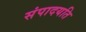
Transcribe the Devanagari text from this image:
संपादयति